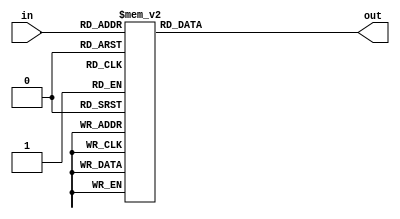
module decoder_3to7(
                    in,
                    out
);
input [2:0] in
;
output reg [6:0] out
;
always @* begin
    case (in)
        3'b000: out <= 7'b0000000;
        3'b001: out <= 7'b0000001;
        3'b010: out <= 7'b0000010;
        3'b011: out <= 7'b0000100;
        3'b100: out <= 7'b0001000;
        3'b101: out <= 7'b0010000;
        3'b110: out <= 7'b0100000;
        3'b111: out <= 7'b1000000;
    endcase
end

endmodule